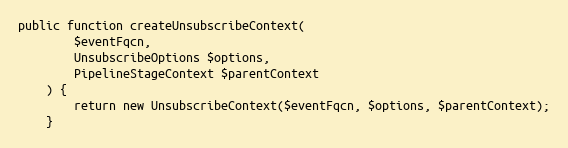
Language: PHP
public function createUnsubscribeContext(
        $eventFqcn,
        UnsubscribeOptions $options,
        PipelineStageContext $parentContext
    ) {
        return new UnsubscribeContext($eventFqcn, $options, $parentContext);
    }